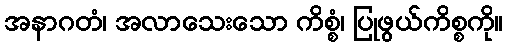
အနာဂတံ၊ အလာသေးသော ကိစ္စံ၊ ပြုဖွယ်ကိစ္စကို။